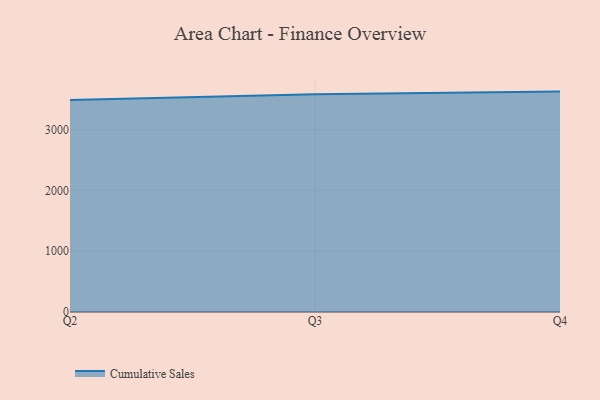
{"axis": {"x": "Quarter", "y": "Operating Costs (USD K)"}, "legend": ["Cumulative Sales"], "data": [{"x": "Q2", "y": 3486.0, "type": "Cumulative Sales"}, {"x": "Q3", "y": 3583.1, "type": "Cumulative Sales"}, {"x": "Q4", "y": 3624.8, "type": "Cumulative Sales"}]}